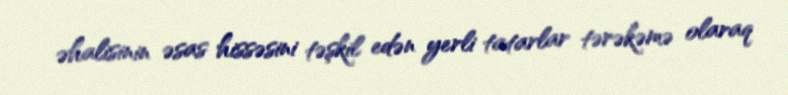
əhalisinin əsas hissəsini təşkil edən yerli tatarlar tərəkəmə olaraq